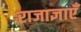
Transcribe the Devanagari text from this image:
राजाज्ञाएँ